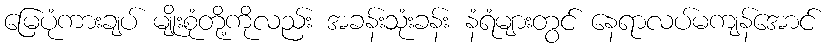
မြေပုံကားချပ် မျိုးစုံတို့ကိုလည်း အခန်းသုံးခန်း နံရံများတွင် နေရာလပ်မကျန်အောင်